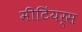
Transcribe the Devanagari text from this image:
मीटिंयर्स